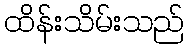
ထိန်းသိမ်းသည်